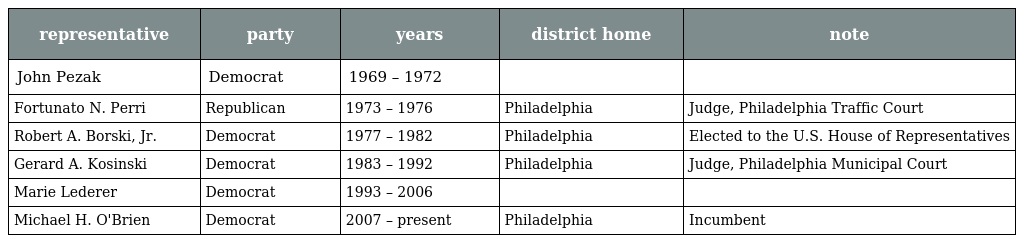
| representative | party | years | district home | note |
 | --- | --- | --- | --- | --- |
 | John Pezak | Democrat | 1969 – 1972 |  |  |
 | Fortunato N. Perri | Republican | 1973 – 1976 | Philadelphia | Judge, Philadelphia Traffic Court |
 | Robert A. Borski, Jr. | Democrat | 1977 – 1982 | Philadelphia | Elected to the U.S. House of Representatives |
 | Gerard A. Kosinski | Democrat | 1983 – 1992 | Philadelphia | Judge, Philadelphia Municipal Court |
 | Marie Lederer | Democrat | 1993 – 2006 |  |  |
 | Michael H. O'Brien | Democrat | 2007 – present | Philadelphia | Incumbent |